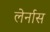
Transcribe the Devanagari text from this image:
लेर्नास